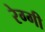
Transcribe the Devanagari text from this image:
रेग्गी